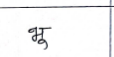
मजकूर: भू